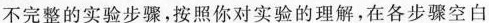
不完整的实验步骤，按照你对实验的理解，在各步骤空白